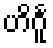
ဟိင်္ဂူ